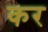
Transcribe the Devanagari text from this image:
कर